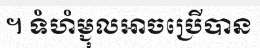
។ ទំហំម្ជុលអាចប្រើបាន